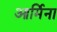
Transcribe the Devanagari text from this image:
आर्मिना